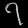
Digit: ၇